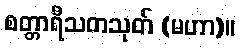
စတ္တာရီသကသုတ် (မဟာ)။